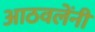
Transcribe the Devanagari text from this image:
आठवलेंनी